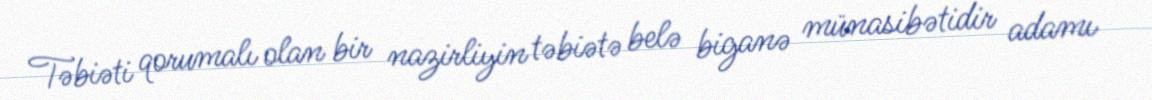
Təbiəti qorumalı olan bir nazirliyin təbiətə belə biganə münasibətidir adamı